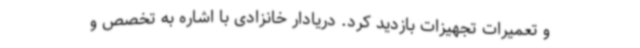
و تعمیرات تجهیزات بازدید کرد. دریادار خانزادی با اشاره به تخصص و